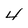
Character: 4